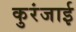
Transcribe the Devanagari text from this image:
कुरंजाई